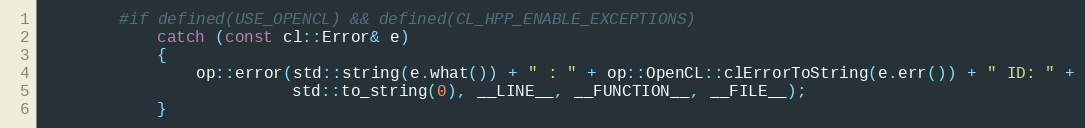
Language: C++
        #if defined(USE_OPENCL) && defined(CL_HPP_ENABLE_EXCEPTIONS)
            catch (const cl::Error& e)
            {
                op::error(std::string(e.what()) + " : " + op::OpenCL::clErrorToString(e.err()) + " ID: " +
                          std::to_string(0), __LINE__, __FUNCTION__, __FILE__);
            }